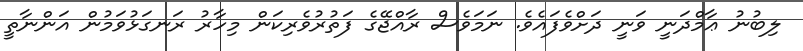
ލިބުނު ޢާމްދަނީ ވަނީ ދަށްވެފައެވެ. ނަމަވެސް ރާއްޖޭގެ ފަތުރުވެރިކަން މިހާރު ރަނގަޅުވަމުން އަންނާތީ